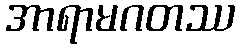
အာရာမဂတဿ